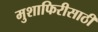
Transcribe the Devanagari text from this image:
मुशाफिरीसाठी